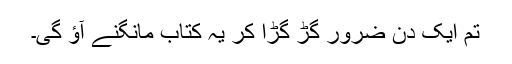
تم ایک دن ضرور گڑ گڑا کر یہ کتاب مانگنے آؤ گی۔